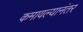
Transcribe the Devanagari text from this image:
कमावल्यानंतर